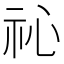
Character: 𥘚